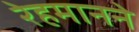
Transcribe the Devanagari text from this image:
रेहमानने